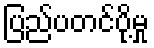
ပြည်ပတင်ပို့မှု